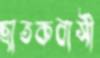
ছাতকবাসী